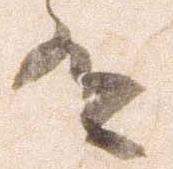
有